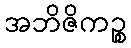
အဘိဇိကဉ္စ